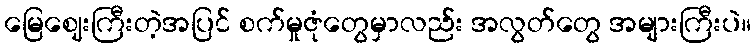
မြေဈေးကြီးတဲ့အပြင် စက်မှုဇုံတွေမှာလည်း အလွတ်တွေ အများကြီးပဲ။